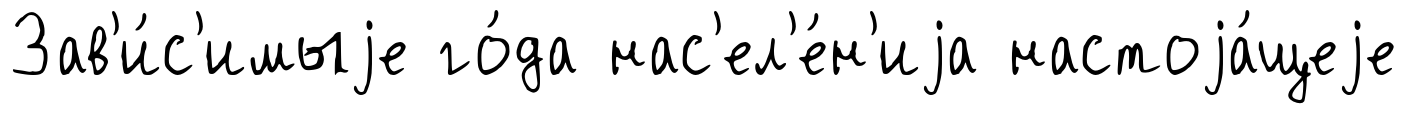
Зав'и́с'имыjе го́да нас'ел'е́н'иjа настоjа́щеjе